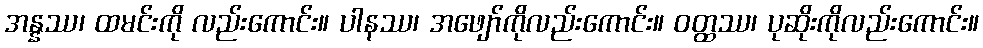
အန္နဿ၊ ထမင်းကို လည်းကောင်း။ ပါနဿ၊ အဖျော်ကိုလည်းကောင်း။ ဝတ္ထဿ၊ ပုဆိုးကိုလည်းကောင်း။